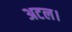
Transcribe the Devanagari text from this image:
अटल।